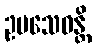
ဥပသေဝန္တိ